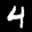
Digit: 4